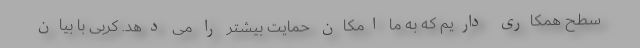
سطح همکاری داریم که به ما امکان حمایت بیشتر را می دهد. کربی با بیان